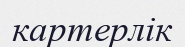
картерлік